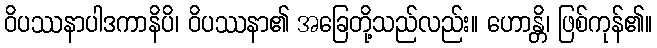
ဝိပဿနာပါဒကာနိပိ၊ ဝိပဿနာ၏ အခြေတို့သည်လည်း။ ဟောန္တိ၊ ဖြစ်ကုန်၏။